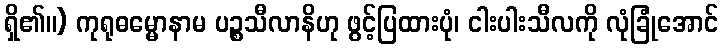
ရှိ၏။) ကုရုဓမ္မောနာမ ပဉ္စသီလာနိဟု ဖွင့်ပြထားပုံ၊ ငါးပါးသီလကို လုံခြုံအောင်